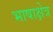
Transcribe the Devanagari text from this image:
भाषाक्षेत्र